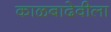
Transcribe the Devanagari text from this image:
काळबादेवीला